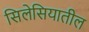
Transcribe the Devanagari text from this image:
सिलेसियातील